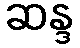
ဆန္ဒ